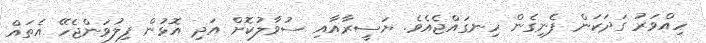
ހިއްވަރު ގަދަކަން ފެނިގެން ހިނގައްޖެއެވެ. ޔަސީރާއާއި ސުވާލުކޮށް އަދި އޮޅުން ފިލުވަންޖެހޭ އެތައް